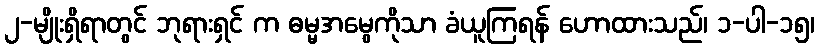
၂-မျိုးရှိရာတွင် ဘုရားရှင် က ဓမ္မအမွေကိုသာ ခံယူကြရန် ဟောထားသည်၊ ၁-ပါ-၁၅၊